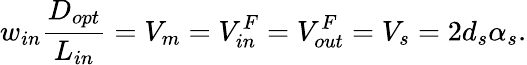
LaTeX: w_{in}\frac{D_{opt}}{L_{in}}=V_{m}=V_{in}^{F}=V_{out}^{F}=V_{s}=2d_{s}\alpha_{s}.